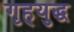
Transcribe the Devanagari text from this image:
गृहयुद्ध